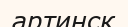
артинск